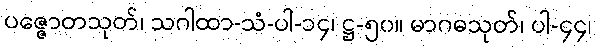
ပဇ္ဇောတသုတ်၊ သဂါထာ-သံ-ပါ-၁၄၊ ဋ္ဌ-၅၀။ မာဂဓသုတ်၊ ပါ-၄၄၊